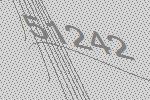
51242